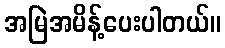
အမြဲအမိန့်ပေးပါတယ်။